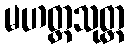
မဟတ္ထသုတ္တ